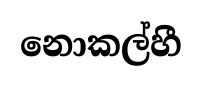
නොකල්හී